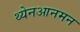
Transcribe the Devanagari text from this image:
थ्येनआनमन